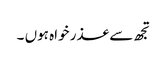
تجھ سے عذر خواہ ہوں ۔